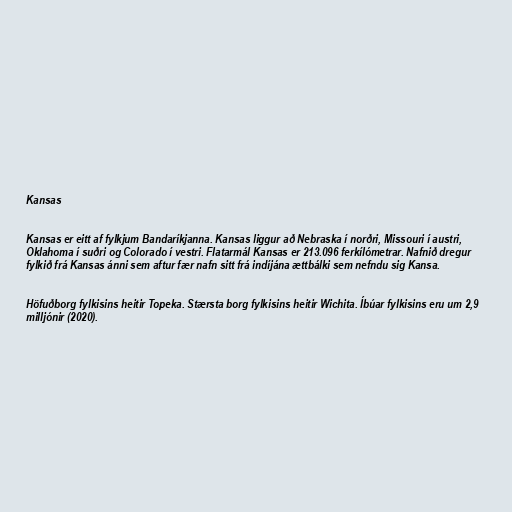
Kansas

Kansas er eitt af fylkjum Bandaríkjanna. Kansas liggur að Nebraska í norðri, Missouri í austri,
Oklahoma í suðri og Colorado í vestri. Flatarmál Kansas er 213.096 ferkílómetrar. Nafnið dregur
fylkið frá Kansas ánni sem aftur fær nafn sitt frá indíjána ættbálki sem nefndu sig Kansa.

Höfuðborg fylkisins heitir Topeka. Stærsta borg fylkisins heitir Wichita. Íbúar fylkisins eru um 2,9
milljónir (2020).